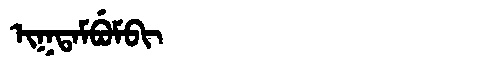
Manchu: ᡳᡴᡨᠠᠮᠪᡠᠮᠪᡳ
Romanization: IKTAMBUMBI